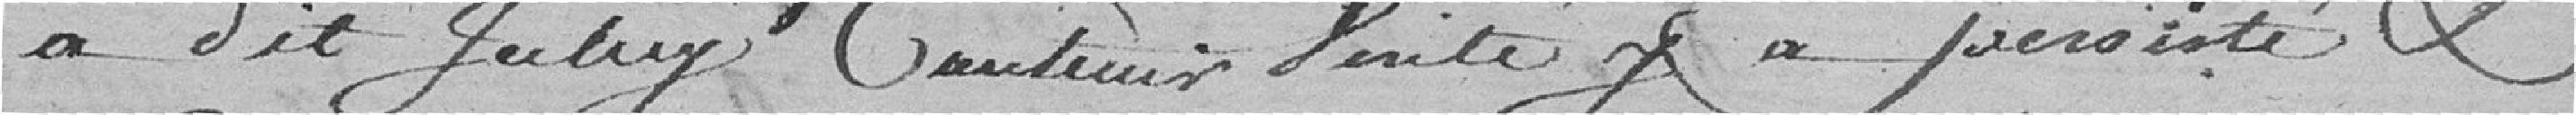
a dit icelui contenir vérité, y a persisté et